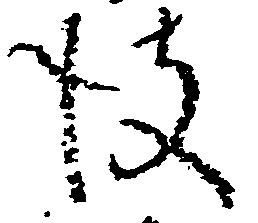
彼